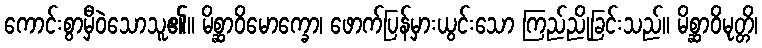
ကောင်းစွာမှီဝဲသောသူ၏။ မိစ္ဆာဝိမောက္ခော၊ ဖောက်ပြန်မှားယွင်းသော ကြည်ညိုခြင်းသည်။ မိစ္ဆာဝိမုတ္တိ၊